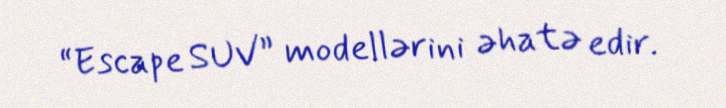
“Escape SUV” modellərini əhatə edir.